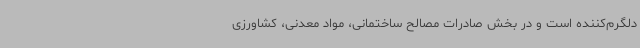
دلگرم‌کننده است و در بخش صادرات مصالح ساختمانی، مواد معدنی، کشاورزی